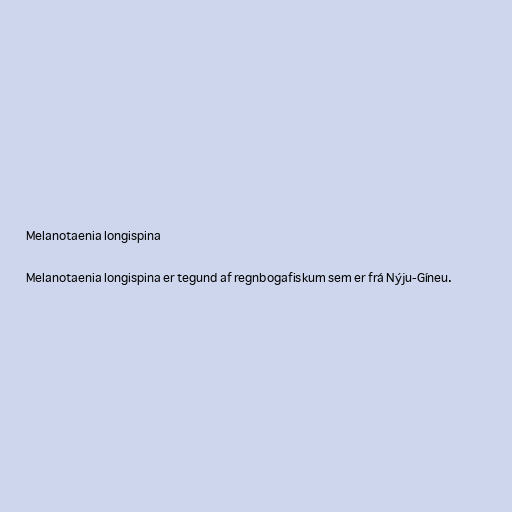
Melanotaenia longispina

Melanotaenia longispina er tegund af regnbogafiskum sem er frá Nýju-Gíneu.